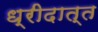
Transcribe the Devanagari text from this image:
ध्रीदात्त